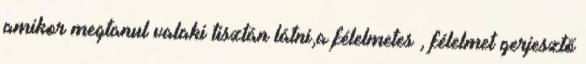
amikor megtanul valaki tisztán látni,a félelmetes , félelmet gerjesztő